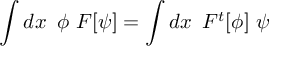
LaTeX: \int d x \, \, \, \phi \, \, F [ \psi ] = \int d x \, \, \, F ^ { t } [ \phi ] \, \, \psi